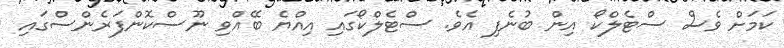
ކަމަށް ވެސް ސްޓެލްކޯ އިން ބުނެފި އެވެ. ސްޓެލްކޯގައި އިއްޔެ ބޭއްވި ނޫސްކޮންފަރެންސްގައި